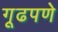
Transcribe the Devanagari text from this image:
गूढपणे